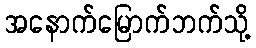
အနောက်မြောက်ဘက်သို့